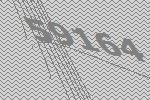
59164